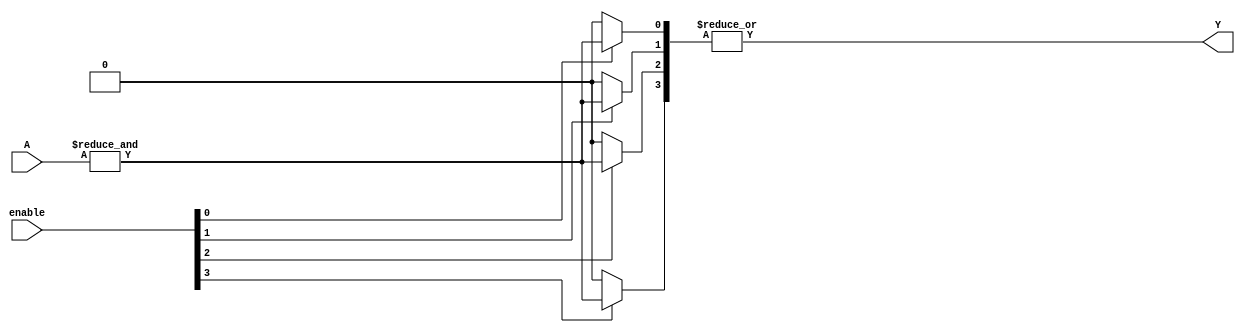
module GPAL #(
    parameter NUM_INPUTS = 4,  // Number of inputs (A1, A2, A3, A4)
    parameter NUM_TERMS = 4,    // Number of product terms (P1, P2, P3, P4)
    parameter NUM_OUTPUTS = 1    // Number of outputs
) (
    input  wire [NUM_INPUTS-1:0] A,  // Input signals (A1, A2, ..., An)
    input  wire [NUM_TERMS-1:0] enable, // Control signals to select product terms
    output wire [NUM_OUTPUTS-1:0] Y   // Output signals (Y1, Y2, ..., Yp)
);

// Internal signals for product terms
wire [NUM_TERMS-1:0] P;

// Generate the product terms in the AND array
genvar i, j;
generate
    for (i = 0; i < NUM_TERMS; i = i + 1) begin : product_terms
        wire [NUM_INPUTS-1:0] term; // To hold inputs for this product term

        // Example: Each product term can be programmed using a simple assignment
        // Here we direct connect inputs to product terms
        // In a real implementation, you would replace this with programmed connections
        assign term = A; // Default connection for example

        // Generate the product term P[i] using AND logic
        assign P[i] = enable[i] ? &term : 1'b0; // AND of term if enabled, else 0
    end
endgenerate

// Generating the output Y by ORing the product terms
assign Y = |P; // OR all product terms for final output

endmodule